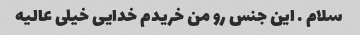
سلام . این جنس رو من خریدم خدایی خیلی عالیه